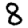
Digit: 8